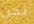
نحن